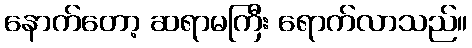
နောက်တော့ ဆရာမကြီး ရောက်လာသည်။